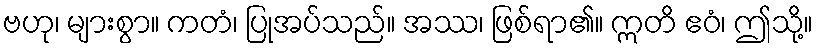
ဗဟု၊ များစွာ။ ကတံ၊ ပြုအပ်သည်။ အဿ၊ ဖြစ်ရာ၏။ ဣတိ ဧဝံ၊ ဤသို့။